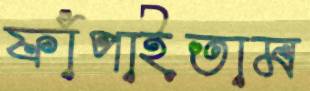
ফাঁপাইতাম